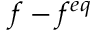
f - f ^ { e q }